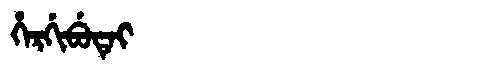
Manchu: ᡥᡝᡵᡤᡳᠪᡠᡨᡝᡳ
Romanization: HERGIBUTEI